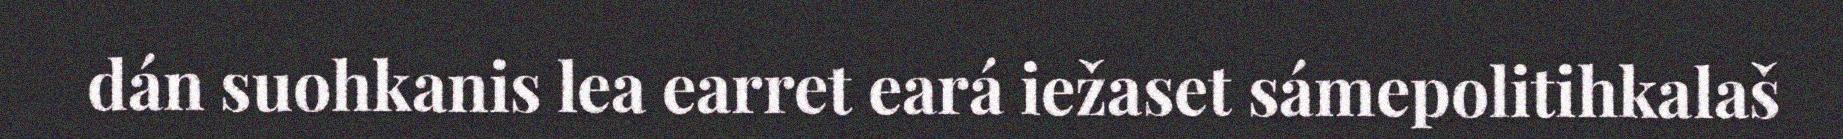
dán suohkanis lea earret eará iežaset sámepolitihkalaš